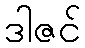
ဒါဇင်